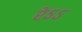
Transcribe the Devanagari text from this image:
रेऽऽ